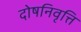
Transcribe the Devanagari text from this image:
दोषनिवृत्ति